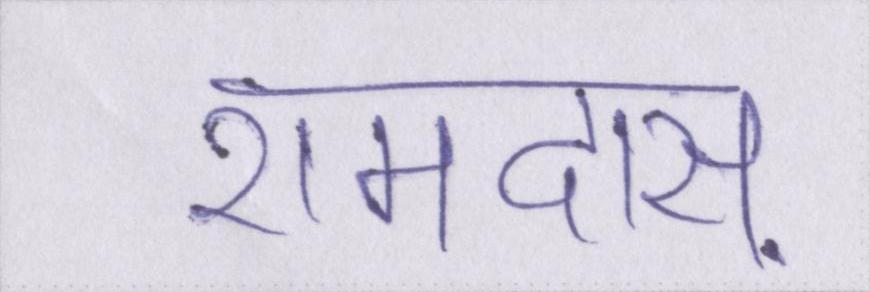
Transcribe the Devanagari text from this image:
रामदास